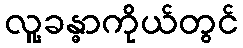
လူ့ခန္ဓာကိုယ်တွင်